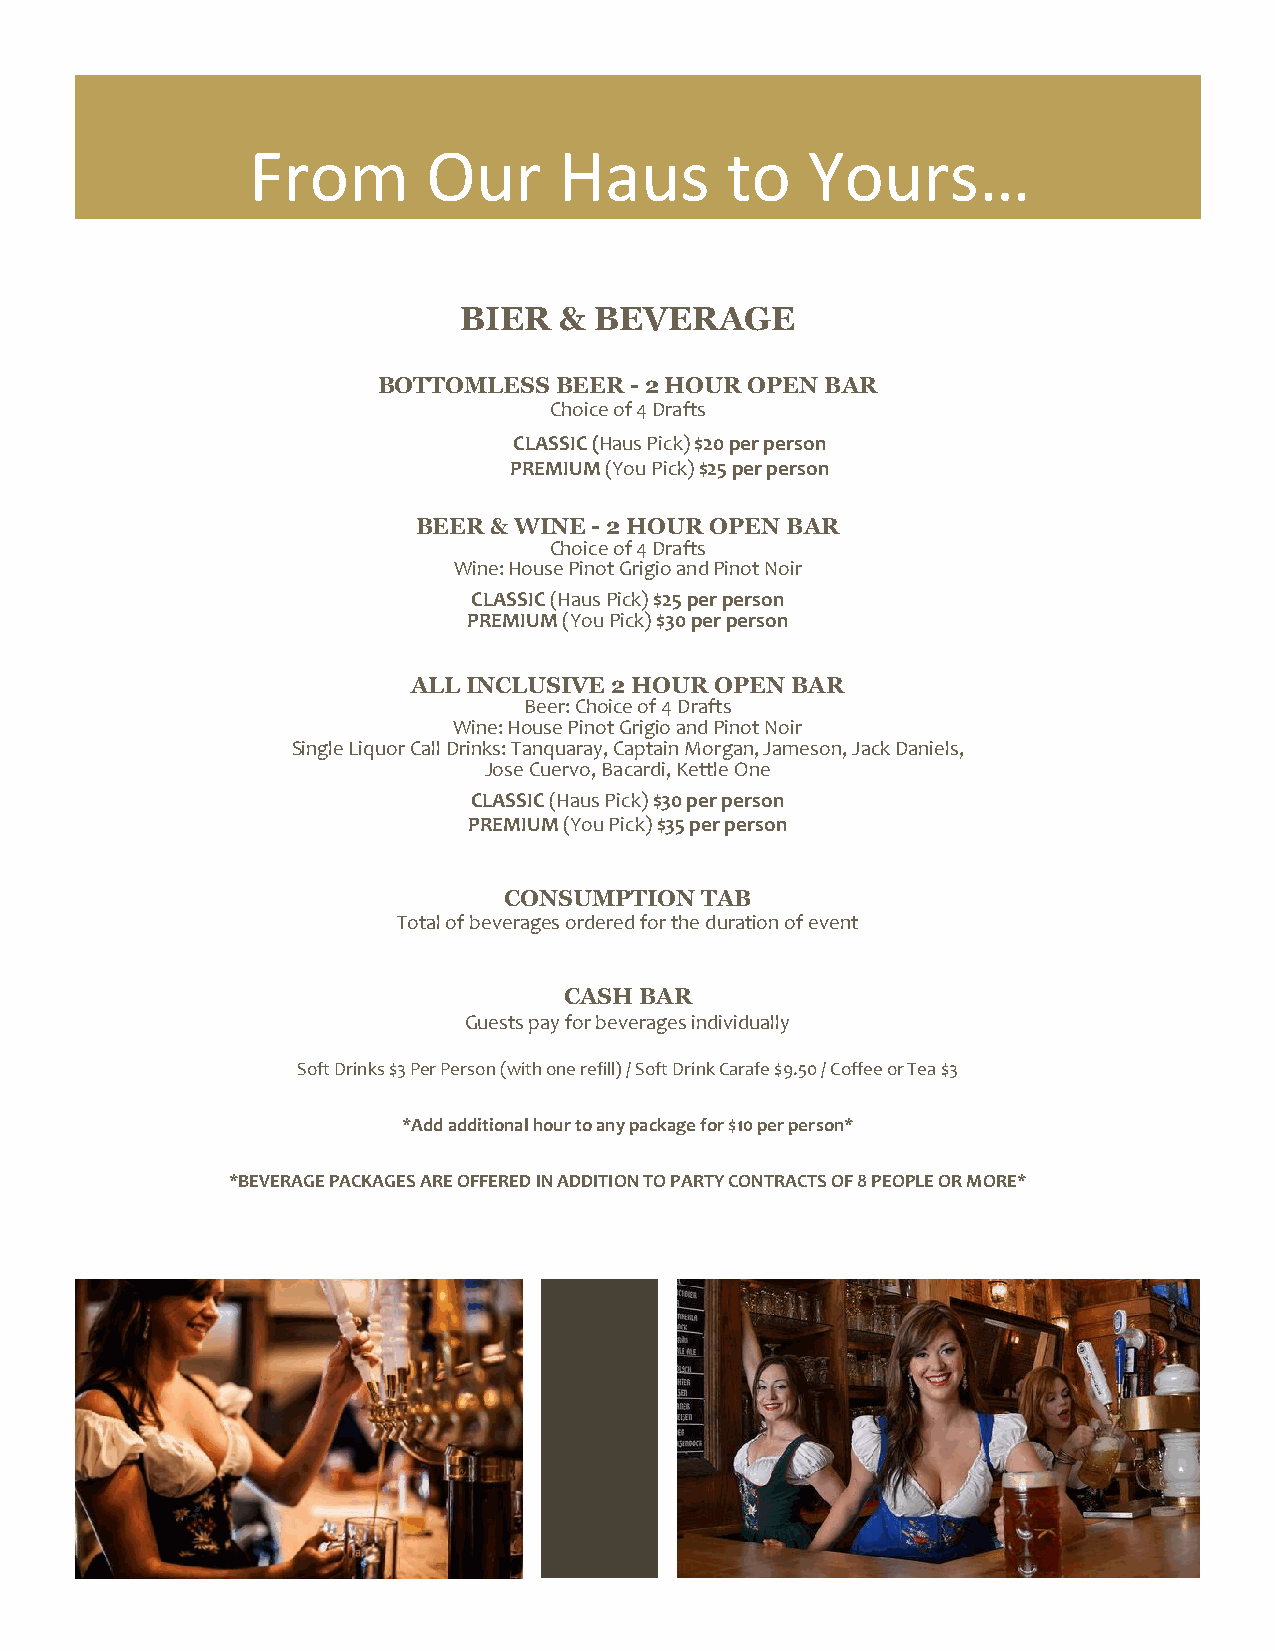
From        Our      Haus       to   Yours…
 BIER   & BEVERAGE
 BOTTOMLESS  BEER - 2 HOUR OPEN BAR
 Choice of 4 Drafts
 CLASSIC (Haus Pick) $20 per person
 PREMIUM (You Pick) $25 per person
 BEER & WINE - 2 HOUR OPEN BAR
 Choice of 4 Drafts
 Wine: House Pinot Grigio and Pinot Noir
 CLASSIC (Haus Pick) $25 per person
 PREMIUM (You Pick) $30 per person
 ALL INCLUSIVE 2 HOUR OPEN BAR
 Beer: Choice of 4 Drafts
 Wine: House Pinot Grigio and Pinot Noir
 Single Liquor Call Drinks: Tanquaray, Captain Morgan, Jameson, Jack Daniels,
 Jose Cuervo, Bacardi, Kettle One
 CLASSIC (Haus Pick) $30 per person
 PREMIUM (You Pick) $35 per person
 CONSUMPTION  TAB
 Total of beverages ordered for the duration of event
 CASH BAR
 Guests pay for beverages individually
 Soft Drinks $3 Per Person (with one refill) / Soft Drink Carafe $9.50 / Coffee or Tea $3
 *Add additional hour to any package for $10 per person*
 *BEVERAGE PACKAGES ARE OFFERED IN ADDITION TO PARTY CONTRACTS OF 8 PEOPLE OR MORE*